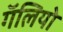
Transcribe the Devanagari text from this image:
गॅलियो